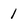
Character: 1